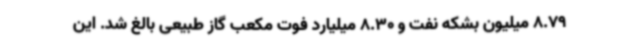
8.79 میلیون بشکه نفت و 8.30 میلیارد فوت مکعب گاز طبیعی بالغ شد. این